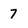
Character: 7